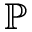
\mathbb { P }